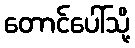
တောင်ပေါ်သို့